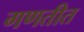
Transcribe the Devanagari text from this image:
गणतीत